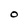
Character: 0